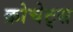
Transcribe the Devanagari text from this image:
क्रोचेट्स